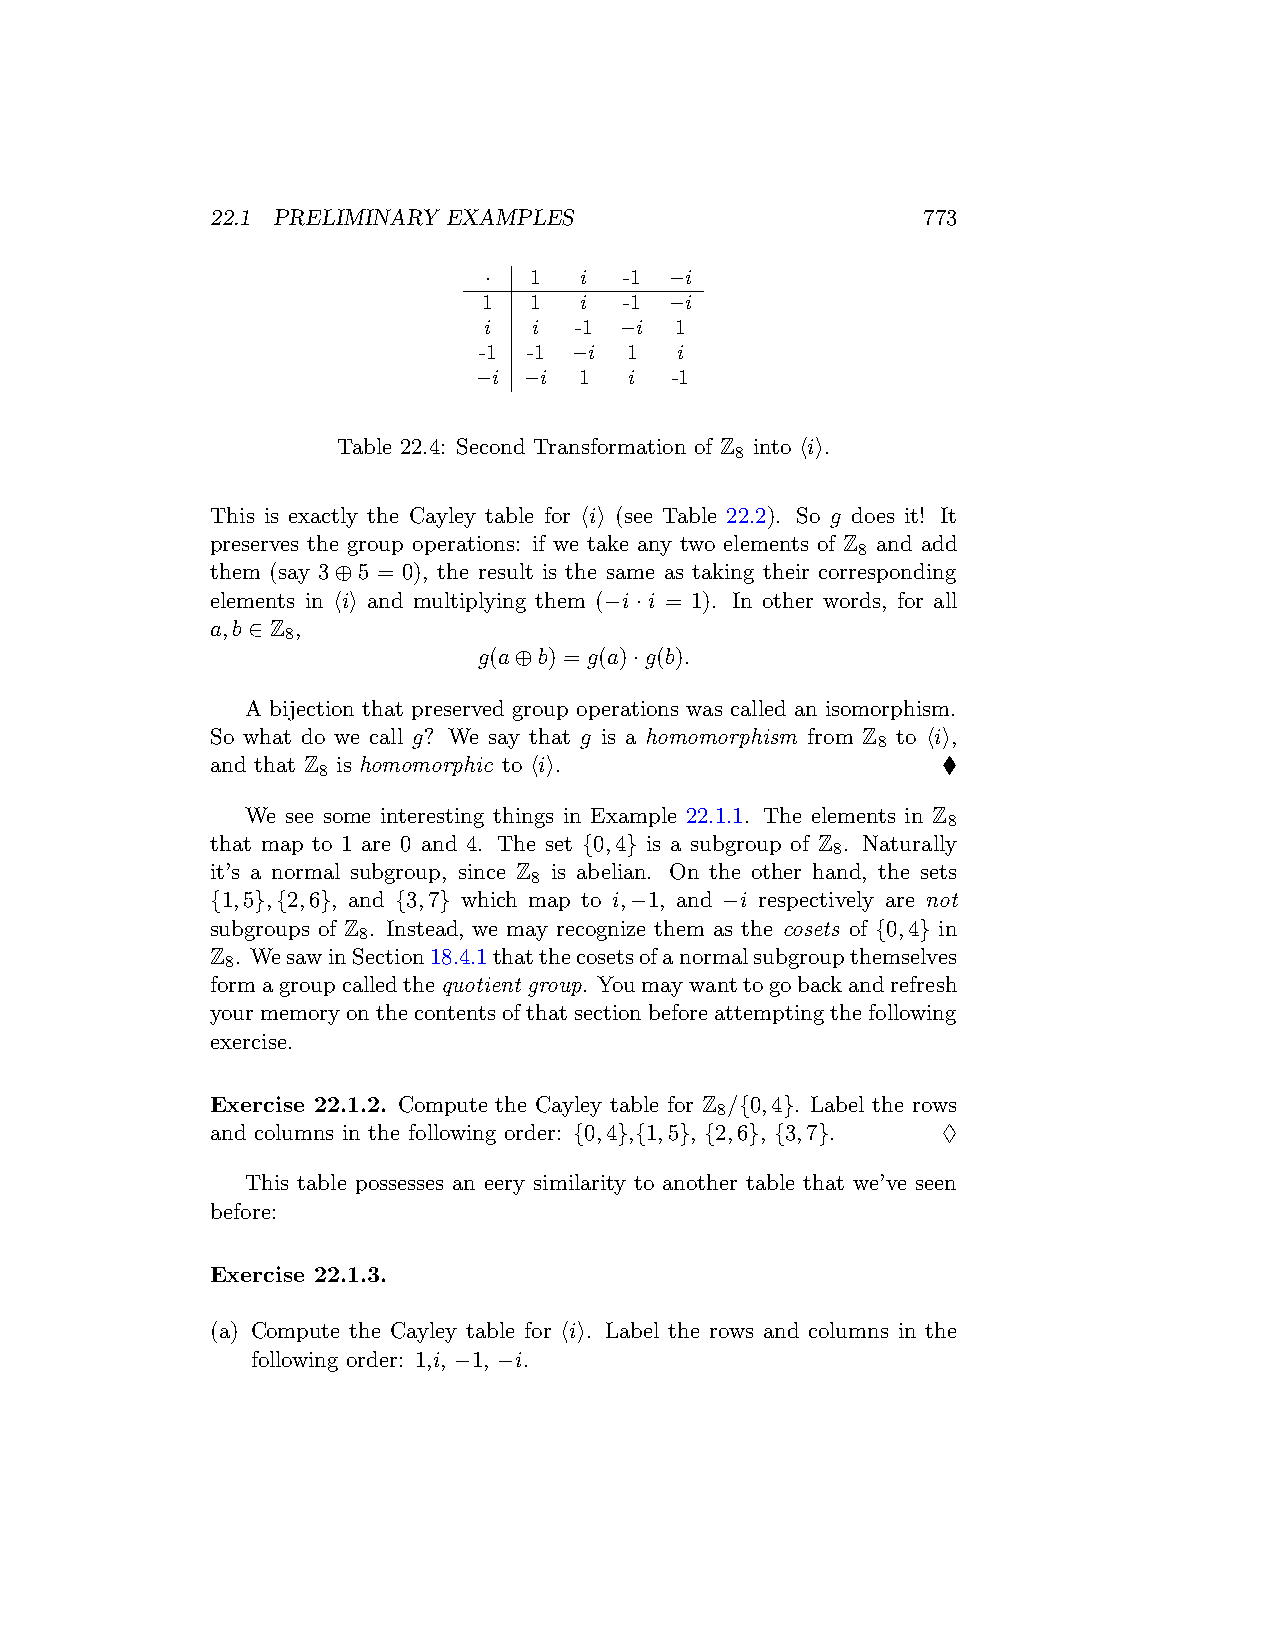
22.1 PRELIMINARY EXAMPLES                      773
 ·  1  i  -1 −i
 1  1  i  -1 −i
 i  i  -1 −i  1
 -1 -1 −i 1   i
 −i  −i 1   i -1
 Table 22.4: Second Transformation of Z into ⟨i⟩.
 8
 This is exactly the Cayley table for ⟨i⟩ (see Table 22.2). So g does it! It
 preserves the group operations: if we take any two elements of Z and add
 8
 them (say 3⊕5 = 0), the result is the same as taking their corresponding
 elements in ⟨i⟩ and multiplying them (−i·i = 1). In other words, for all
 a,b ∈ Z ,
 8
 g(a⊕b) = g(a)·g(b).
 A bijection that preserved group operations was called an isomorphism.
 So what do we call g? We say that g is a homomorphism from Z to ⟨i⟩,
 8
 and that Z is homomorphic to ⟨i⟩.               ♦
 8
 We see some interesting things in Example 22.1.1. The elements in Z
 8
 that map to 1 are 0 and 4. The set {0,4} is a subgroup of Z . Naturally
 8
 it’s a normal subgroup, since Z is abelian. On the other hand, the sets
 8
 {1,5},{2,6}, and {3,7} which map to i,−1, and −i respectively are not
 subgroups of Z . Instead, we may recognize them as the cosets of {0,4} in
 8
 Z . WesawinSection18.4.1thatthecosetsofanormalsubgroupthemselves
 8
 formagroupcalledthequotient group. Youmaywanttogobackandrefresh
 yourmemoryonthecontentsofthatsectionbeforeattemptingthefollowing
 exercise.
 Exercise 22.1.2. Compute the Cayley table for Z /{0,4}. Label the rows
 8
 and columns in the following order: {0,4},{1,5}, {2,6}, {3,7}. ♢
 This table possesses an eery similarity to another table that we’ve seen
 before:
 Exercise 22.1.3.
 (a) Compute the Cayley table for ⟨i⟩. Label the rows and columns in the
 following order: 1,i, −1, −i.